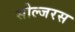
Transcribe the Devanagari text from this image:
सोल्जरस